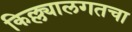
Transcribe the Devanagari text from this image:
किल्ल्यालगतचा